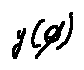
y ( \phi )